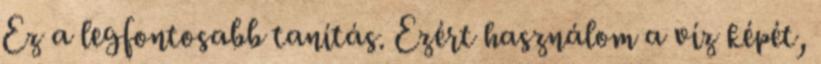
Ez a legfontosabb tanítás. Ezért használom a víz képét,